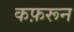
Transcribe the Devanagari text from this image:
कफ़रून